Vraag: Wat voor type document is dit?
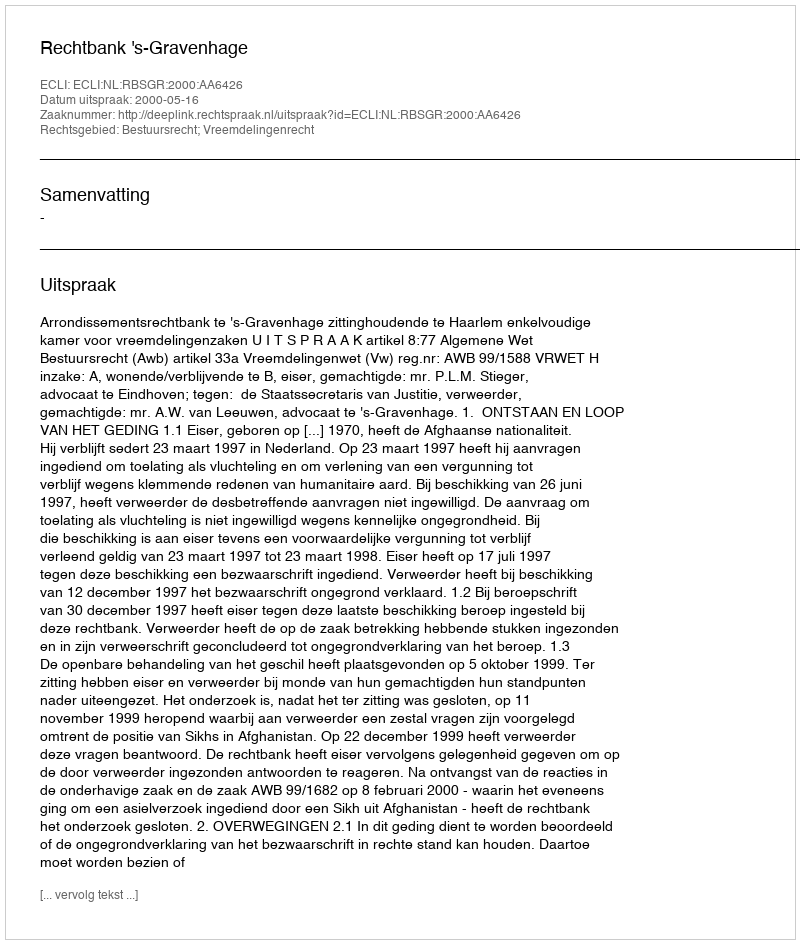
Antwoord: Uitspraak